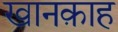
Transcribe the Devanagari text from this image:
खानक़ाह